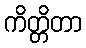
ကိတ္တိတာ